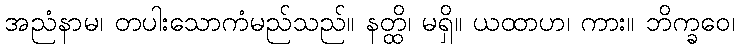
အညံနာမ၊ တပါးသောကံမည်သည်။ နတ္ထိ၊ မရှိ။ ယထာဟ၊ ကား။ ဘိက္ခဝေ၊